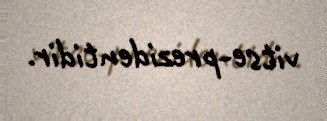
vitse-prezidentidir.